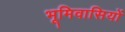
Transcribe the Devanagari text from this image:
भूमिवासियों